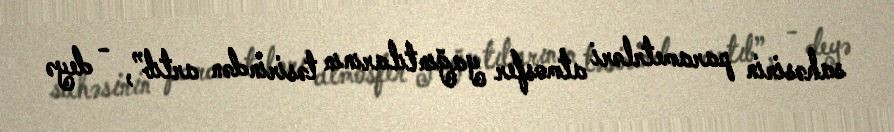
sahəsinin parametrləri atmosfer yağıntılarının təsirindən artıb”, - deyə